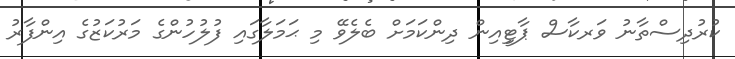
ކުރުދިސްތާނު ވަރކާސް ޕާޓީިއިން ދިންކަމަށް ބެލެވޭ މި ޙަމަލާގައި ފުލުހުންގެ މަރުކަޒުގެ އިންފާރު